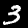
Label: 3